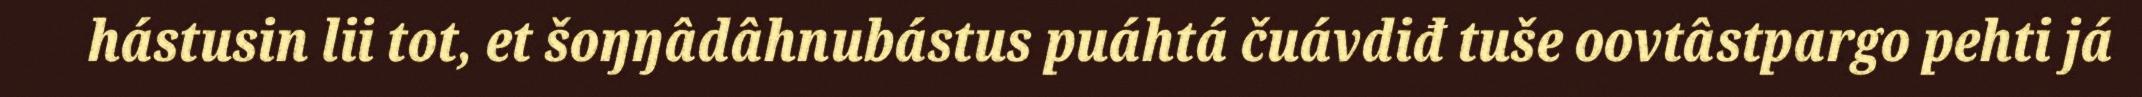
hástusin lii tot, et šoŋŋâdâhnubástus puáhtá čuávdiđ tuše oovtâstpargo pehti já